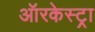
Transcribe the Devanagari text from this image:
ऑरकेस्ट्रा